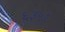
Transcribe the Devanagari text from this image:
६३५१